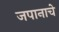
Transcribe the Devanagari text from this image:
जपानाचे